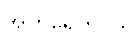
အတိရေကပဒါ